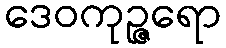
ဒေဝကုဉ္ဇရော